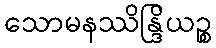
သောမနဿိန္ဒြိယဉ္စ